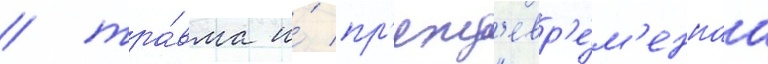
/ тра́вма и́ пр'ежд'евр'е́м'еннаа